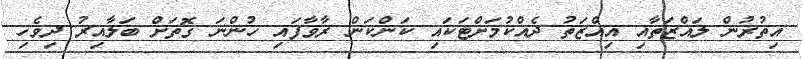
އިތުރުން ލައްޒަތާއި އިއްޒަތު ދެއްކުމަށްޓަކައި ކަންކަން ރާވާފައި ހުންނަ ގޮތަށް ބަލާއިރު ދިވެހި